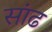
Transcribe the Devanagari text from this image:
सांढ